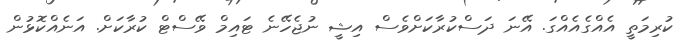
ކުރިމަތީ އެއްގެއެއްގަ. އޭނަ ދަސްކުރާކަށްވެސް އިޝީ ނުޖެހޭނެ ޓައިމް ވޭސްޓް ކުރާކަށް. އަނެއްކޮޅުން